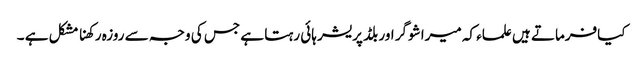
کیافرماتے ہیں علماء کہ میرا شوگر اور بلڈ پریشر ہائی رہتا ہے جس کی وجہ سے روزہ رکھنا مشکل ہے ۔